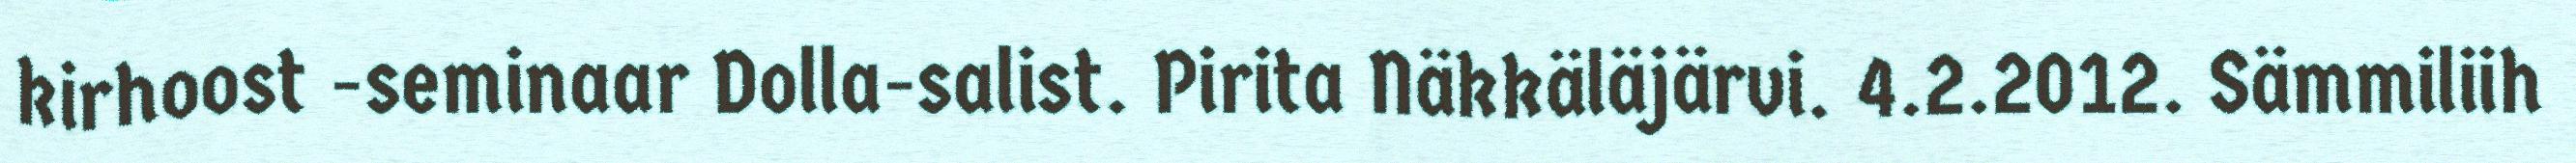
kirhoost -seminaar Dolla-salist. Pirita Näkkäläjärvi. 4.2.2012. Sämmiliih